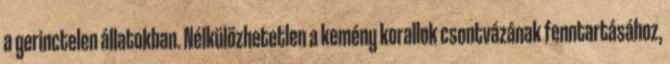
a gerinctelen állatokban. Nélkülözhetetlen a kemény korallok csontvázának fenntartásához,